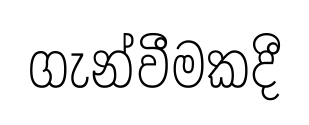
ගැන්වීමකදී